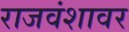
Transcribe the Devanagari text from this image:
राजवंशावर